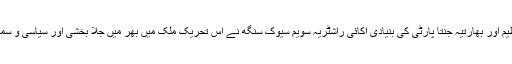
ہندوتوا کی رضاکارانہ تنظیم اور بھارتیہ جنتا پارٹی کی بنیادی اکائی راشٹریہ سویم سیوک سنگھ نے اس تحریک ملک میں بھر میں جلا بخشی اور سیاسی و سماجی سطح پر مضبوط کیا۔